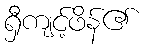
ရှီကျင့်ဖိန်၏